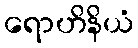
ရောဟိနိယံ